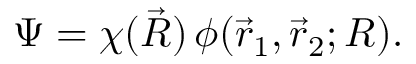
\Psi = \chi ( \vec { R } ) \, \phi ( \vec { r } _ { 1 } , \vec { r } _ { 2 } ; R ) .